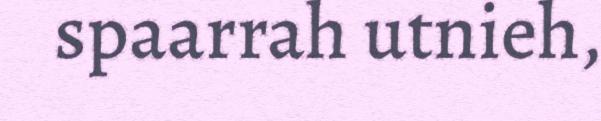
spaarrah utnieh,